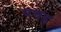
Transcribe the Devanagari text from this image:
पत्तह्र